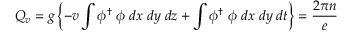
Q _ { v } = g \left\{ - v \int \phi ^ { \dagger } \; \phi \; d x \; d y \; d z + \int \phi ^ { \dagger } \; \phi \; d x \; d y \; d t \right\} = \frac { 2 \pi n } { e }